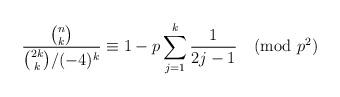
LaTeX: \begin{align*} \frac{\binom nk}{\binom{2k}k/(-4)^k}\equiv1-p\sum_{j=1}^k\frac1{2j-1}\pmod{p^2} \end{align*}